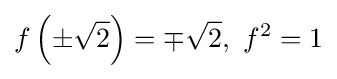
f\left(\pm {\sqrt {2}}\right)=\mp {\sqrt {2}},\ f^{2}=1